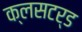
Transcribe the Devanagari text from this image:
क्लसटर्ड